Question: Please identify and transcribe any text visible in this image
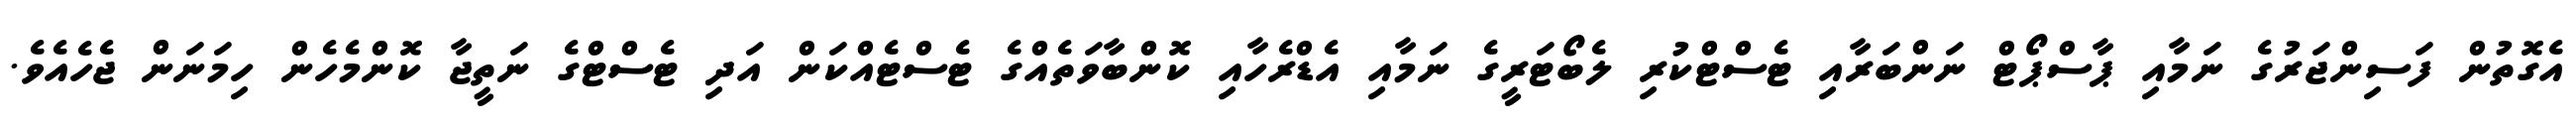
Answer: އެގޮތުން ފަސިންޖަރުގެ ނަމާއި ޕާސްޕޯޓް ނަންބަރާއި ޓެސްޓްކުރި ލެބޯޓަރީގެ ނަމާއި އެޑްރެހާއި ކޮންބާވަތެއްގެ ޓެސްޓެއްކަން އަދި ޓެސްޓްގެ ނަތީޖާ ކޮންމެހެން ހިމަނަން ޖެހެއެވެ.